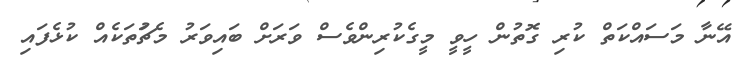
އޭނާ މަސައްކަތް ކުރި ގޮތުން ހީވީ މީގެކުރިންވެސް ވަރަށް ބައިވަރު މެޗަުތަކެއް ކުޅެފައި